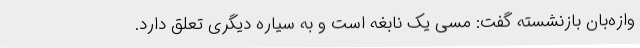
وازه‌بان بازنشسته گفت: مسی یک نابغه است و به سیاره دیگری تعلق دارد.